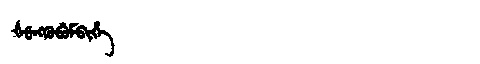
Manchu: ᡧᡠᠩᡴᡠᠪᡠᠮᠪᡳᡥᡝ
Romanization: ŠUNGKUBUMBIHE